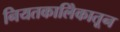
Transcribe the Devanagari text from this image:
नियतकालिेकातून